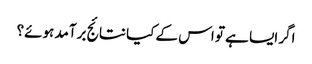
اگر ایسا ہے تو اس کے کیا نتائج برآمد ہوئے؟